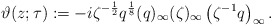
\begin{align*}\vartheta(z;\tau):=-i\zeta^{-\frac12}q^{\frac18}(q)_{\infty}(\zeta )_{\infty}\left(\zeta^{-1}q\right)_{\infty}.\end{align*}